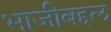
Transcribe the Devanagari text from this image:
भाजीबद्दल